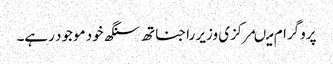
پروگرام میںمرکزی وزیر راجناتھ سنگھ خود موجود رہے۔